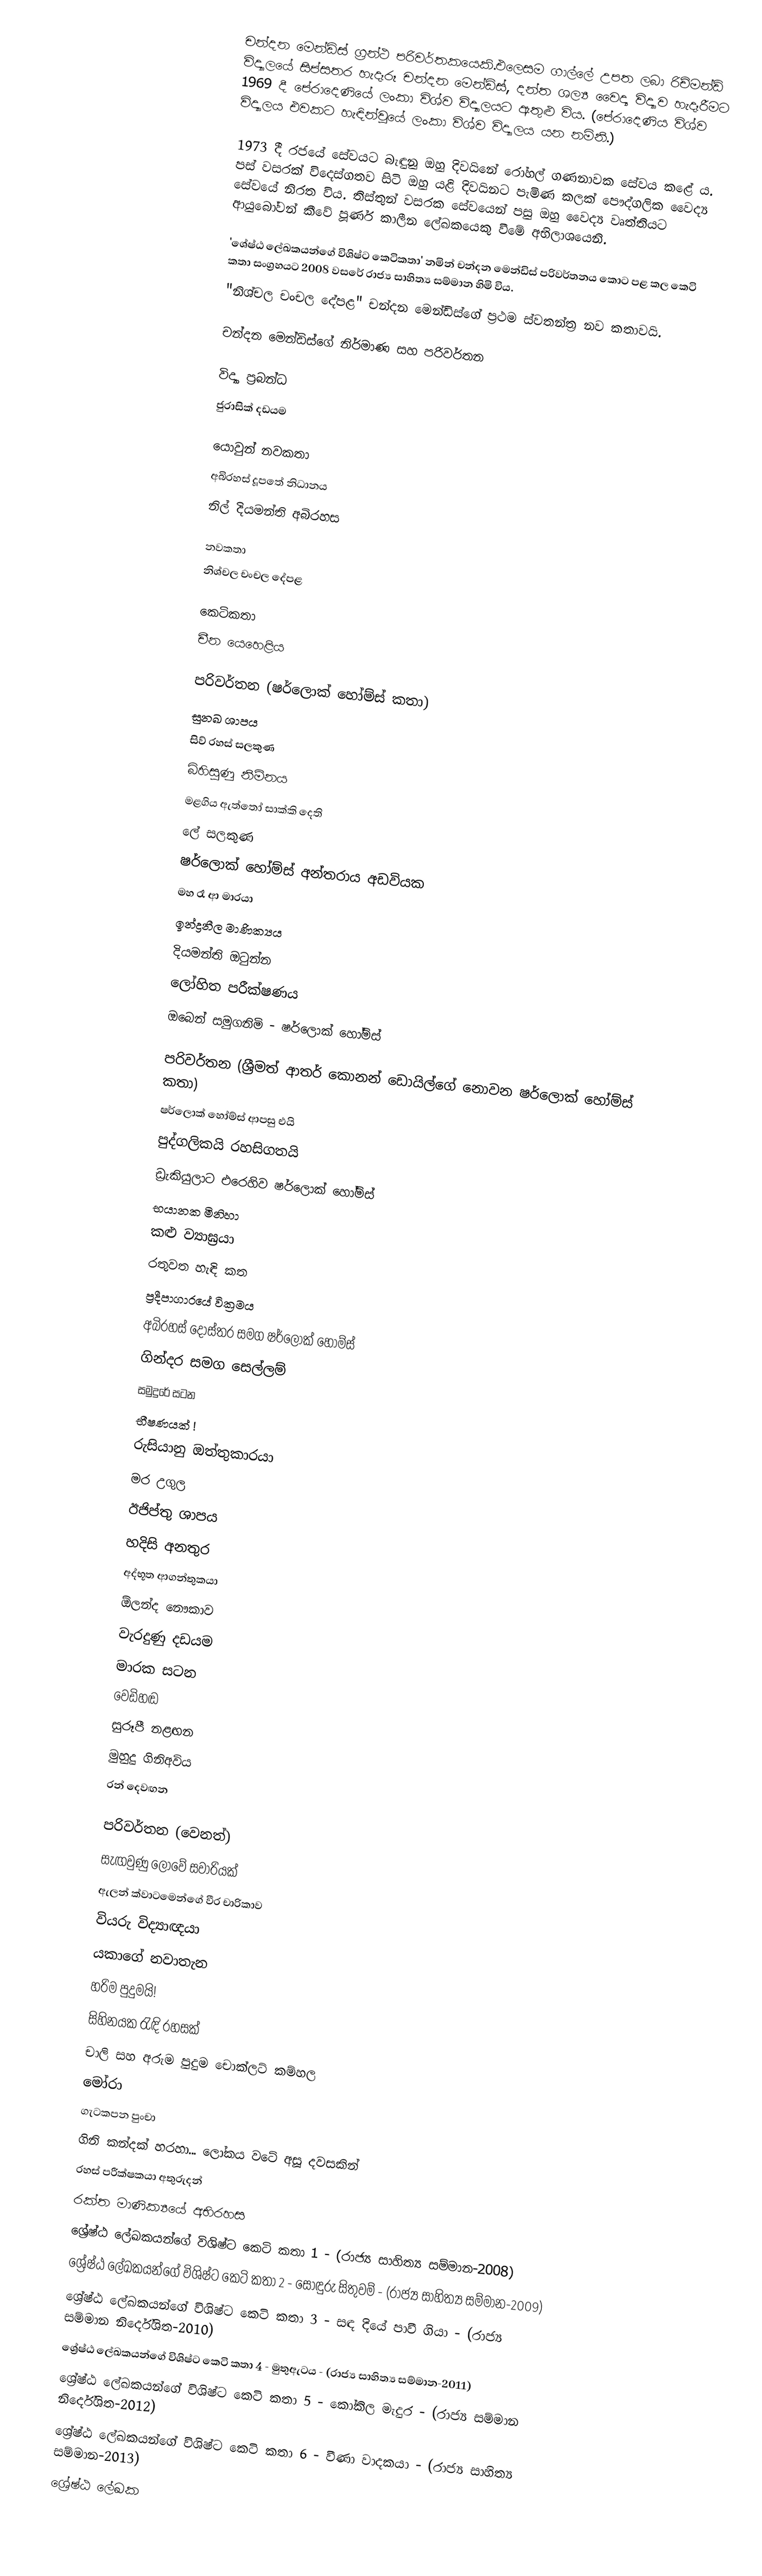
චන්දන මෙන්ඩිස් ග්‍රන්ථ පරිවර්තකයෙකි.එලෙසම ගාල්ලේ උපත ලබා රිච්මන්ඩ් විද්‍යාලයේ සිප්සතර හැදෑරූ චන්දන මෙන්ඩිස්, දන්ත ශල්‍ය වෛද්‍ය විද්‍යාව හැදෑරීමට 1969 දී පේරාදෙණියේ ලංකා විශ්ව විද්‍යාලයට ඇතුළු විය. (පේරාදෙණිය විශ්ව විද්‍යාලය එවකට හැඳින්වූයේ ලංකා විශ්ව විද්‍යාලය යන නමිනි.)

1973 දී රජයේ සේවයට බැඳුනු ඔහු දිවයිනේ රෝහල් ගණනාවක සේවය කළේ ය. පස් වසරක් විදෙස්ගතව සිටි ඔහු යළි දිවයිනට පැමිණ කලක් පෞද්ගලික වෛද්‍ය සේවයේ නිරත විය. තිස්තුන් වසරක සේවයෙන් පසු ඔහු වෛද්‍ය වෘත්තියට ආයුබෝවන් කීවේ පූර්ණ කාලීන ලේඛකයෙකු වීමේ අභිලාශයෙනි.

'ශේෂ්ඨ ලේඛකයන්ගේ විශිෂ්ට කෙටිකතා' නමින් චන්දන මෙන්ඩිස් පරිවර්තනය කොට පළ කල කෙටි කතා සංග්‍රහයට 2008 වසරේ රාජ්‍ය සාහිත්‍ය සම්මාන හිමි විය.
"නිශ්චල චංචල දේපළ" චන්දන මෙන්ඩිස්ගේ ප්‍රථම ස්වතන්ත්‍ර නව කතාවයි.

චන්දන මෙන්ඩිස්ගේ නිර්මාණ සහ පරිවර්තන

විද්‍යා ප්‍රබන්ධ
 ජුරාසික් දඩයම

යොවුන් නවකතා
 අබිරහස් දූපතේ නිධානය
 නිල් දියමන්ති අබිරහස

නවකතා
 නිශ්චල චංචල දේපළ

කෙටිකතා
 චීන යෙහෙළිය

පරිවර්තන (ෂර්ලොක් හෝම්ස් කතා)
 සුනඛ ශාපය
 සිව් රහස් සලකුණ
 බිහිසුණු නිම්නය
 මළගිය ඇත්තෝ සාක්කි දෙති
 ලේ සලකුණ
 ෂර්ලොක් හෝම්ස් අන්තරාය අඩවියක
 මහ රෑ ආ මාරයා
 ඉන්ද්‍රනීල මාණික්‍යය
 දියමන්ති ඔටුන්න
 ලෝහිත පරීක්ෂණය
 ඔබෙන් සමුගනිමි - ෂර්ලොක් හෝම්ස්

පරිවර්තන (ශ්‍රීමත් ආතර් කොනන් ඩොයිල්ගේ නොවන ෂර්ලොක් හෝම්ස් කතා)
 ෂර්ලොක් හෝම්ස් ආපසු එයි
 පුද්ගලිකයි රහසිගතයි
 ඩ්‍රැකියුලාට එරෙහිව ෂර්ලොක් හෝම්ස්
 භයානක මිනිහා
 කළු ව්‍යාඝ්‍රයා
 රතුවත හැඳි කත
 ප්‍රදීපාගාරයේ වික්‍රමය
 අබිරහස් දොස්තර සමග ෂර්ලොක් හෝම්ස්
 ගින්දර සමග සෙල්ලම්
 සමුදුරේ සටන
 භීෂණයක් !
 රුසියානු ඔත්තුකාරයා
 මර උගුල
 ඊජිප්තු ශාපය
 හදිසි අනතුර
 අද්භූත ආගන්තුකයා
 ඕලන්ද නෞකාව
 වැරදුණු දඩයම
 මාරක සටන
 වෙඩිහඬ
 සුරූපී නළඟන
 මුහුදු ගිනිඅවිය
 රන් දෙවඟන

පරිවර්තන (වෙනත්)
 සැඟවුණු ලොවේ සවාරියක්
 ඇලන් ක්වාටමෙන්ගේ වීර චාරිකාව
 වියරු විද්‍යාඥයා
 යකාගේ නවාතැන
 හරිම පුදුමයි!
 සිහිනයක රැඳි රහසක්
 චාලි සහ අරුම පුදුම චොක්ලට් කම්හල
 මෝරා
 ගැටකපන පුංචා
 ගිනි කන්දක් හරහා... ලෝකය වටේ අසූ දවසකින්
 රහස් පරීක්ෂකයා අතුරුදන්
 රක්ත මාණික්‍යයේ අභිරහස
 ශ්‍රේෂ්ඨ ලේඛකයන්ගේ විශිෂ්ට කෙටි කතා 1 - (රාජ්‍ය සාහිත්‍ය සම්මාන-2008)
 ශ්‍රේෂ්ඨ ලේඛකයන්ගේ විශිෂ්ට කෙටි කතා 2 - සොඳුරු සිතුවම් - (රාජ්‍ය සාහිත්‍ය සම්මාන-2009)
 ශ්‍රේෂ්ඨ ලේඛකයන්ගේ විශිෂ්ට කෙටි කතා 3 - සඳ දියේ පාවී ගියා - (රාජ්‍ය සම්මාන නිර්දේශිත-2010)
 ශ්‍රේෂ්ඨ ලේඛකයන්ගේ විශිෂ්ට කෙටි කතා 4 - මුතුඇටය - (රාජ්‍ය සාහිත්‍ය සම්මාන-2011)
 ශ්‍රේෂ්ඨ ලේඛකයන්ගේ විශිෂ්ට කෙටි කතා 5 - කෝකිල මැදුර - (රාජ්‍ය සම්මාන නිර්දේශිත-2012)
 ශ්‍රේෂ්ඨ ලේඛකයන්ගේ විශිෂ්ට කෙටි කතා 6 - වීණා වාදකයා - (රාජ්‍ය සාහිත්‍ය සම්මාන-2013)
 ශ්‍රේෂ්ඨ ලේඛක